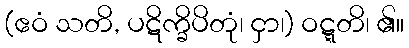
(ဧဝံ သတိ, ပဋိက္ခိပိတုံ၊ ငှာ၊) ဝဋ္ဋတိ၊ ၏။